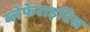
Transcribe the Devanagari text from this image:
ब्लेफेराइटिस